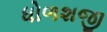
ધોળશજી